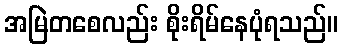
အမြဲတစေလည်း စိုးရိမ်နေပုံရသည်။